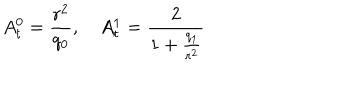
A _ { t } ^ { 0 } = \frac { r ^ { 2 } } { q _ { 0 } } , \quad A _ { t } ^ { 1 } = \frac { 2 } { 1 + \frac { q _ { 1 } } { r ^ { 2 } } }